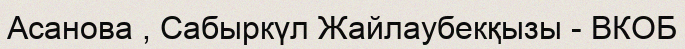
Асанова , Сабыркүл Жайлаубекқызы - ВКОБ